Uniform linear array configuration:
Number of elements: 32
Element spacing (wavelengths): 0.25
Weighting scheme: exponential
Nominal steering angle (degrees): -30
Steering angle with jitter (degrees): -31.133
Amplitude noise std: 0.05
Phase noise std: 0.05

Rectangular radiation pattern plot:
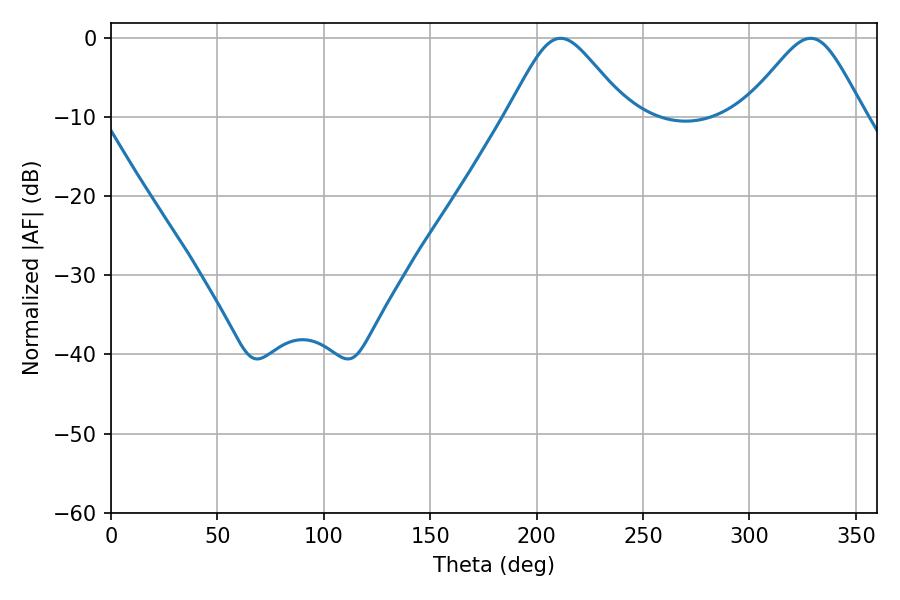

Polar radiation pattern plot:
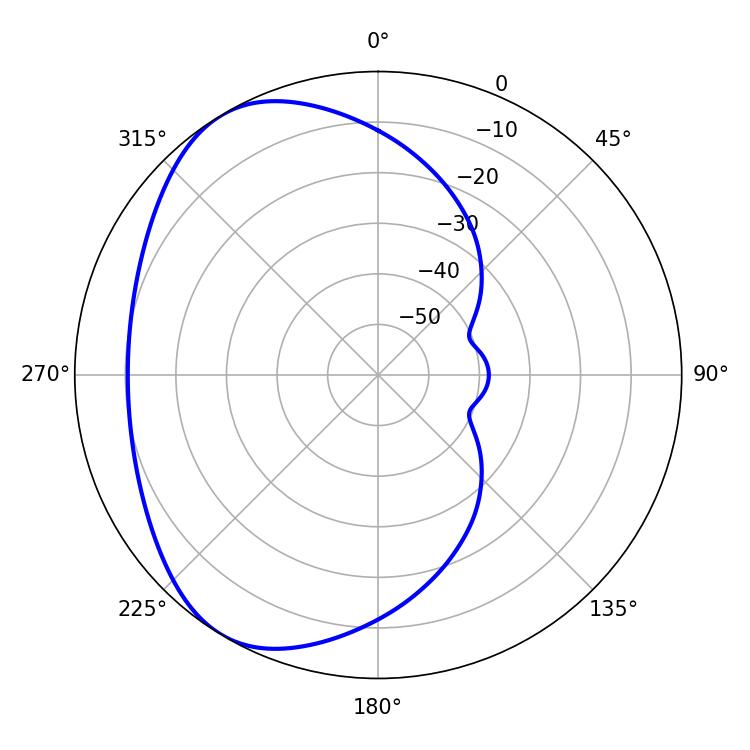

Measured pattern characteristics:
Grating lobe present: FALSE
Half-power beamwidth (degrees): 27.54
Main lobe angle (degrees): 211.32